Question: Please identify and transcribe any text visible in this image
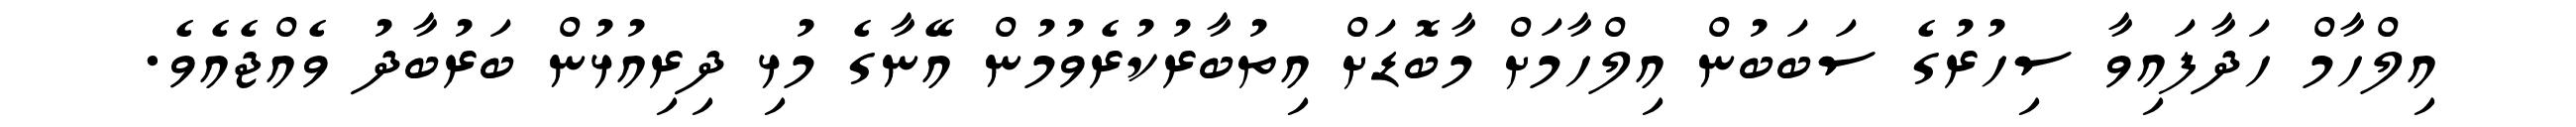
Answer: އިލްހާމް ހަދާފައިވާ ސިހުރުގެ ސަބަބުން އިލްހާމަށް މާބޮޑަށް އިތުބާރުކުރެވުމުން އޭނާގެ މުޅި ދިރިއުޅުން ބަރުބާދު ވެއްޖެއެވެ.